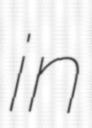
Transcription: in